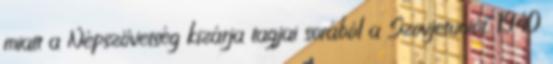
miatt a Népszövetség kizárja tagjai sorából a Szovjetuniót. 1940